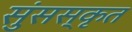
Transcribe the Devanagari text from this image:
सुंसस्कृत